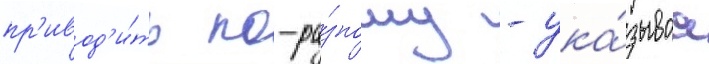
пр'ивод'и́ть по-ра́зному - ука́зываа